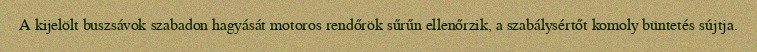
A kijelölt buszsávok szabadon hagyását motoros rendőrök sűrűn ellenőrzik, a szabálysértőt komoly büntetés sújtja.